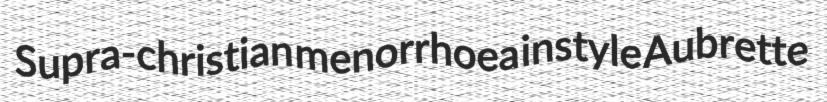
Supra-christian menorrhoea instyle Aubrette